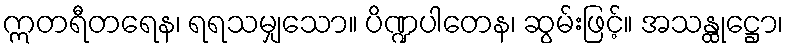
ဣတရီတရေန၊ ရရသမျှသော။ ပိဏ္ဍပါတေန၊ ဆွမ်းဖြင့်။ အသန္ထုဋ္ဌော၊